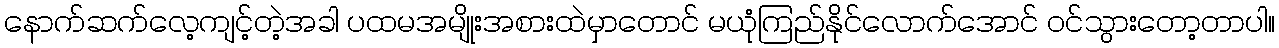
နောက်ဆက်လေ့ကျင့်တဲ့အခါ ပထမအမျိုးအစားထဲမှာတောင် မယုံကြည်နိုင်လောက်အောင် ဝင်သွားတော့တာပါ။